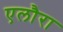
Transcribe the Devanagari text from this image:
एलौरा